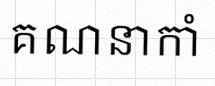
គណនាកាំ